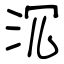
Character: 沉